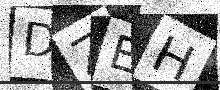
Text: DZEH